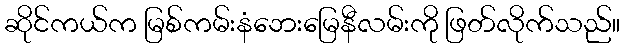
ဆိုင်ကယ်က မြစ်ကမ်းနံဘေးမြေနီလမ်းကို ဖြတ်လိုက်သည်။